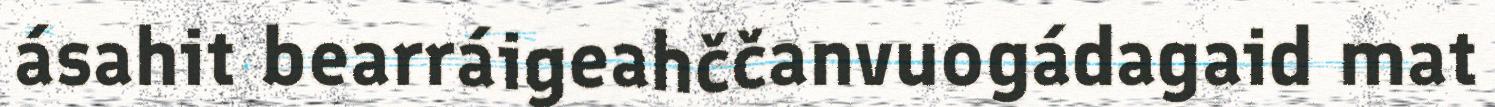
ásahit bearráigeahččanvuogádagaid mat